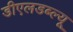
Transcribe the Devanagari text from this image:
डीएलडब्ल्यू